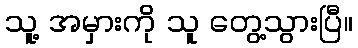
သူ့ အမှားကို သူ တွေ့သွားပြီ။